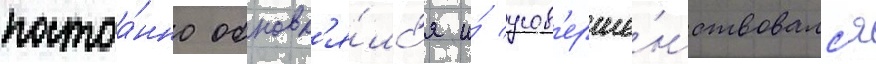
постоа́нно обновл'я́лс'я и́ усов'ерше́нствовалс'я